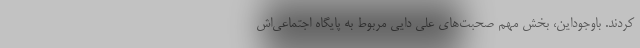
کردند. باوجوداین، بخش مهم صحبت‌های علی دایی مربوط به پایگاه اجتماعی‌اش